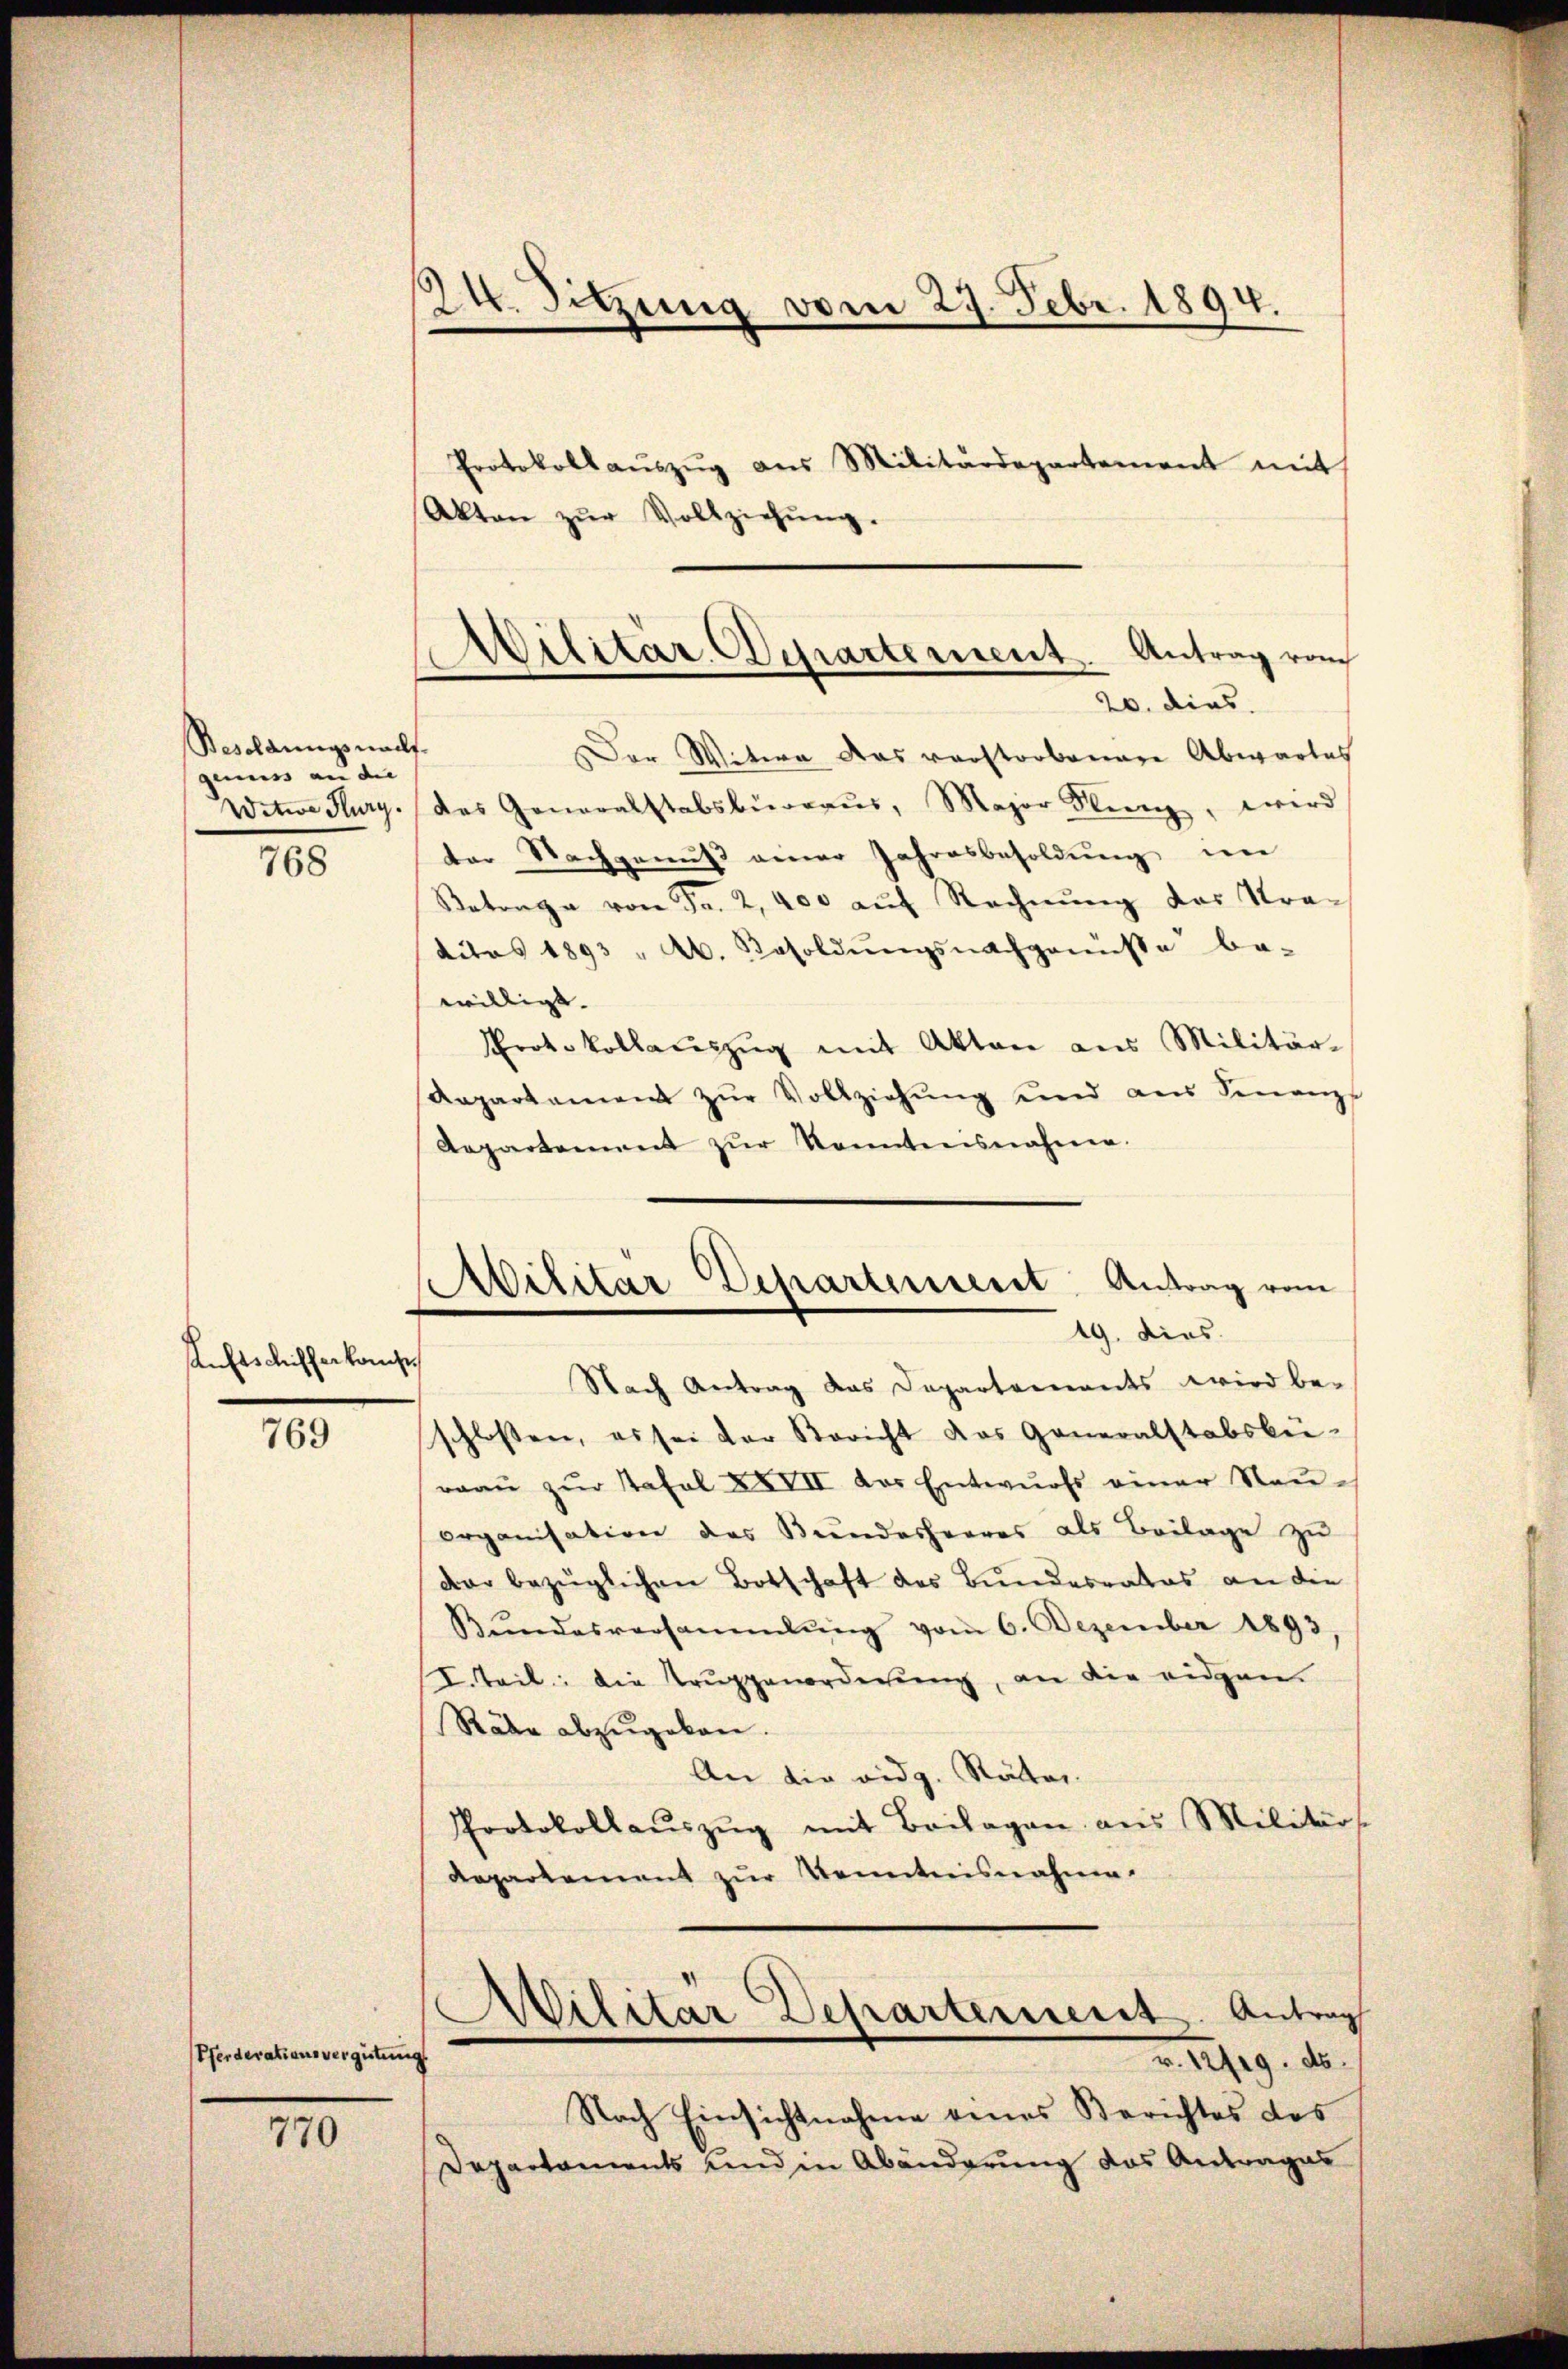
Besoldungsnachs
genuss an der
Witwe Burg.
768

sanftschifferkompe

769

Pferderationsvergütung

770

24. Sitzung vom 27. Febr. 1894.

Cilitär Departement Antrag vom
20. dies

Militar Departenverst Antrag vom
19. dies
Nach Antrag das Departennants wird be-

Protokoll aŭszŭg aŭs Militärdepartement mit
Akten zŭr Vollziehŭng.
Der Witwe das verstorbenare Abwartes
des Generalstabsbüreaŭs, Major Flung, wird
der Nachgenus einer Jahresbesoldŭng im
Betrage von Fr. 2,400 auf Rechnung das Stra-
ditas 1893 " A. Besoldŭngsnachgenisse be-
willigt. |
Protokollaŭszŭg mit Akten aus Militär-
Daparkament zŭr Vollziehŭng und aus Senanzs
Aepartement zŭr Kenntnisnahme.
schlossen, es sei der Bericht das Generalstabsbü-
raŭ zŭr Tafel XXVII der Entwŭrfs einer Neŭ-
organisation des Bundesheeres als Beilage zu
dar bezüglichen Botschaft des Bundesrates an die
Bŭndesversammlung vom 6. Dezember 1893
I. Teil: die Trŭppenorderung, an die eidgen.
Räbe abzugeben.
An die vidg. Räter
Protokollaŭszŭg mit Beilagen aus Militärs
Repartement zur Kenntnisnahme.
Wilitär Departement. Antrag
Z. 1219. ds.
Nach Einsichtnahme denes Berichtes des
Departaments und in Abänderung das Antrages